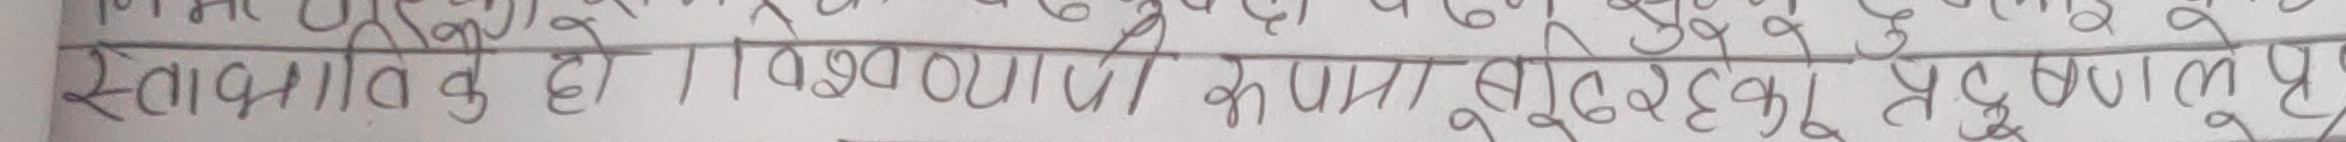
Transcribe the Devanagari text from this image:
स्थापित है। १,७०,००,००० रुपये का भूखंड प्राप्त है